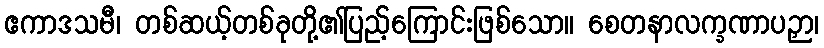
ဧကာဒသမီ၊ တစ်ဆယ့်တစ်ခုတို့၏ပြည့်ကြောင်းဖြစ်သော။ စေတနာလက္ခဏာပဉှာ၊